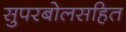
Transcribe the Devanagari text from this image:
सुपरबोलसहित